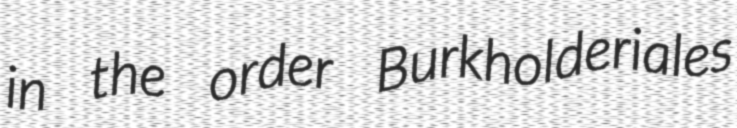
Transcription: in the order Burkholderiales